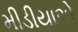
મીડીયાએ